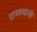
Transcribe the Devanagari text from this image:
राज्यधानी